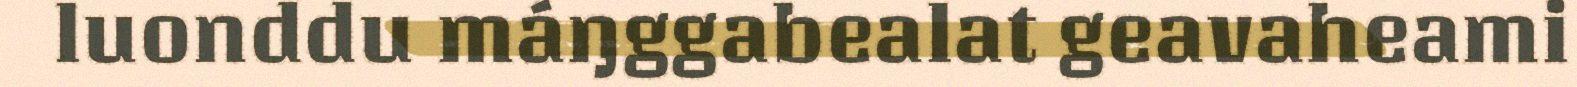
luonddu máŋggabealat geavaheami